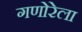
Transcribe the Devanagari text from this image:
गणोरेला